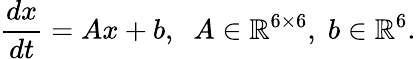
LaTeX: \frac{dx}{dt}=Ax+b,\; \; A\in\mathbb{R}^{6\times 6},\; b\in\mathbb{R}^{6}.